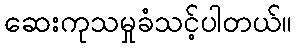
ဆေးကုသမှုခံသင့်ပါတယ်။